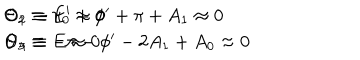
LaTeX: \begin{array} { l } { { \Theta _ { 1 } \equiv \pi _ { 0 } \approx 0 \hspace { 1 . 5 c m } \Theta _ { 2 } \equiv E ^ { \prime } + \phi ^ { \prime } + \pi + A _ { 1 } \approx 0 } } \\ { { \Theta _ { 3 } \equiv E \approx 0 \hspace { 1 . 5 c m } \Theta _ { 4 } \equiv - \pi - \phi ^ { \prime } - 2 A _ { 1 } + A _ { 0 } \approx 0 } } \\ \end{array}